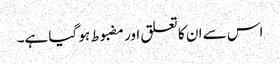
اس سے ان کا تعلق اور مضبوط ہو گیا ہے۔